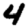
Digit: 4